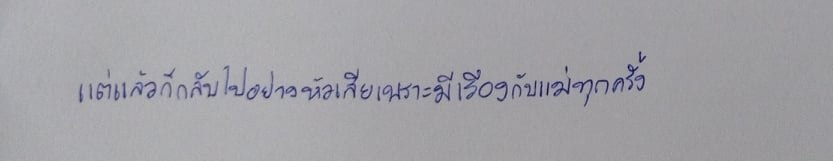
แต่แล้วก็กลับไปอย่างหัวเสียเพราะมีเรื่องกับแม่ทุกครั้ง